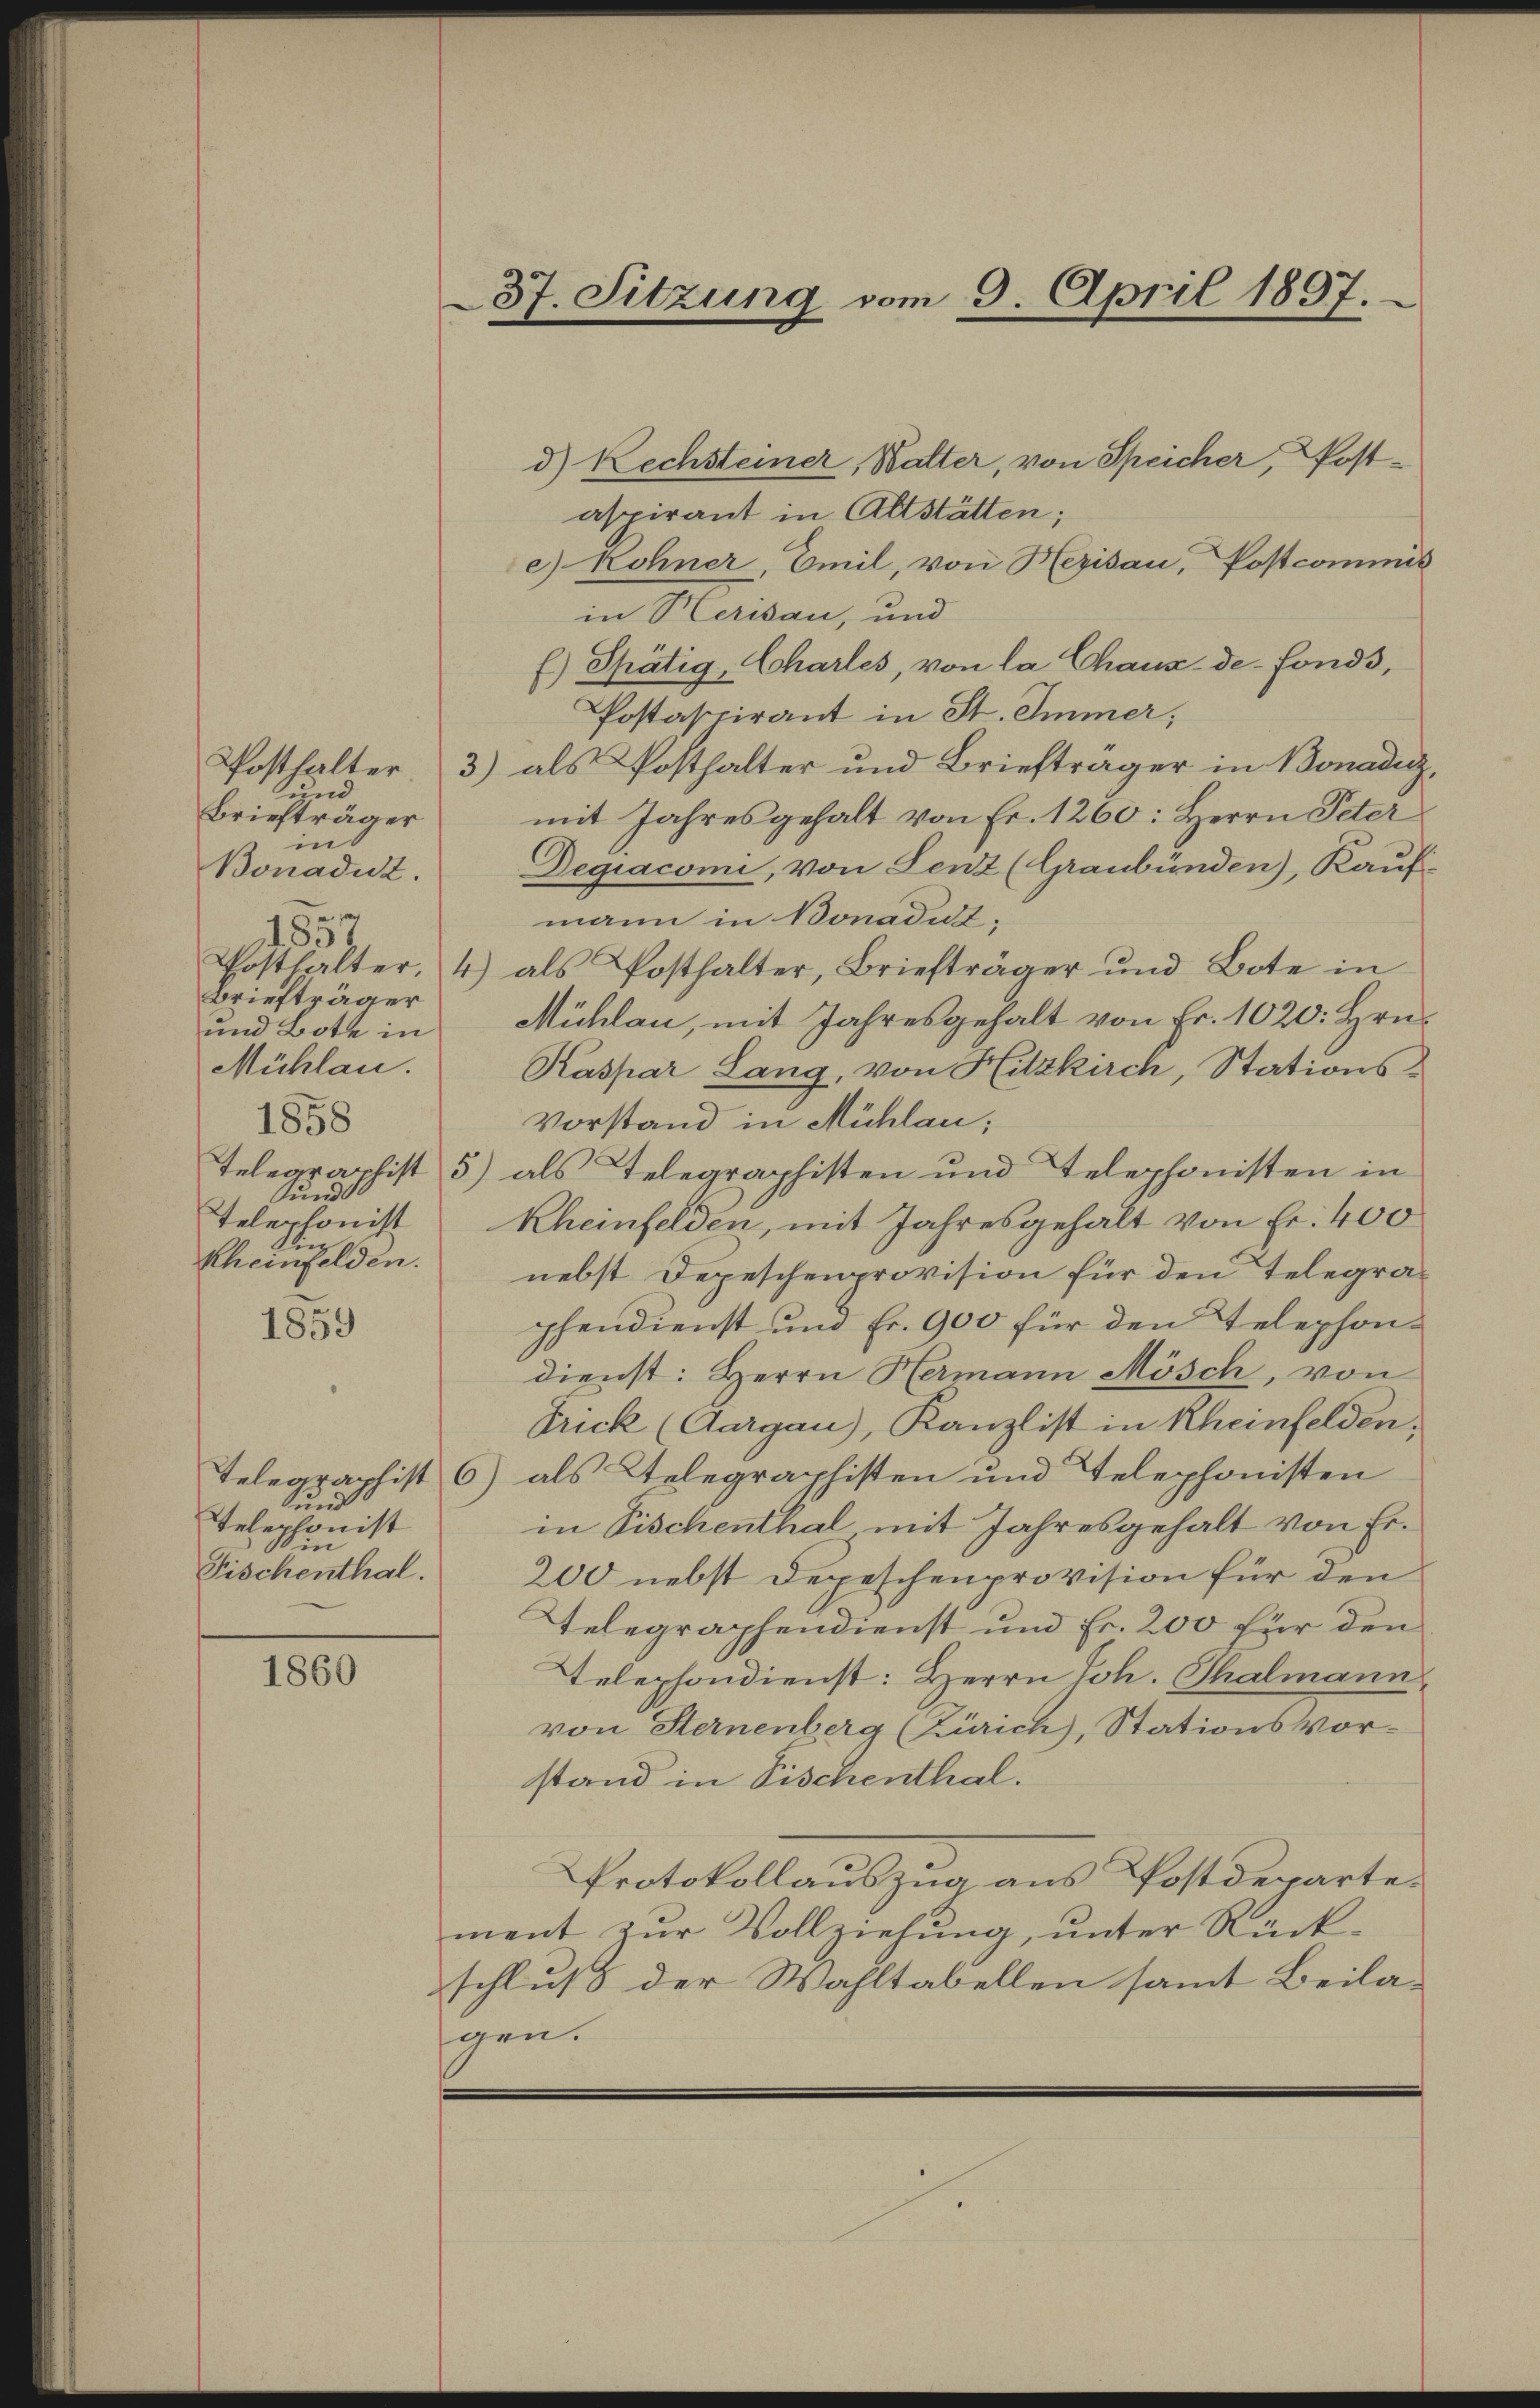
und
Briefträger
in 6
Bonadut.
 s
1851
Briefträger
und Bote in
Mühlau.
1858
sund
Telephonist
in
Rheinfelden.

1859

und
Telephonist
i
Fischenthal.

1860

37. Sitzung vom 9. April 1897.

d) Rechsteiner, Walter, von Speicher, Postaspirant in Altstätten;
e) Kohner, Emil, von Herisau, Postcommis
in Herau, und
f) Thätig, Charles, von la Chaux-de-Fonds,
Postaspirant in St. Immer,
Posthalter, 3) als Posthalter und Briefträger in Bonaduz,
mit Jahresgehalt von Fr. 1260: Herrn Peter
Degiaconi, von Lenz (Graubünden), Kauf-
mann in Bonadut,
Posthalter, 4) als Posthalter, Briefträger und Bote in
Mühlau, mit Jahresgehalt von Fr. 1020. Hrn.
Kaspar Lang, von Hitzkirch, Stations¬
Vorstand in Mühlau;
Telegraphist 5) als Telegraphisten und Telephonisten in
Rheinfelden, mit Jahresgehalt von Fr. 400
nebst Depeschenprovision für den Telegraphendienst und Fr. 900 für den Telephondienst: Herrn Hermann Mösch, von
Frick (Aargau), Kanzlist in Rheinfelden,
Telegraphist 6) als Telegraphisten und Telephonisten
in Fischenthal mit Jahresgehalt von Er¬
200 nebst Depeschenprovision für den
Telegraphendienst und Fr. 200 für den
Telephondienst: Herrn Joh. Thalmann,
von Sternenberg (Zürich), Stationsvor-
stand in Fischenthal.
Protokollauszug aus Postdepartement zur Vollziehung, unter Rückschluß der Wahltabellen samt Beila-
gen.